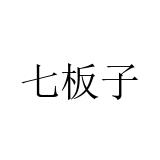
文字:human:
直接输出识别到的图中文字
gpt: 七板子